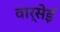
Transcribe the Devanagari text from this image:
वार्सेई